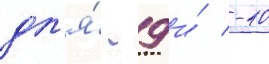
дл'я́ -9 и́ -10